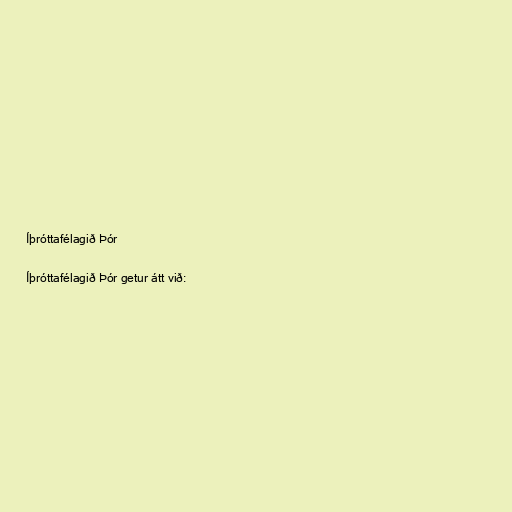
Íþróttafélagið Þór

Íþróttafélagið Þór getur átt við: